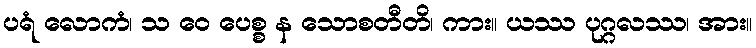
ပရံ လောကံ၊ သ ဝေ ပေစ္စ န သောစတီတိ၊ ကား။ ယဿ ပုဂ္ဂလဿ၊ အား။